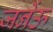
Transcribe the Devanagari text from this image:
जनेंऊ